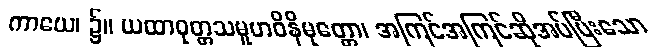
ကာယေ၊ ၌။ ယထာဝုတ္တသမူဟဝိနိမုတ္တော၊ အကြင်အကြင်ဆိုအပ်ပြီးသော